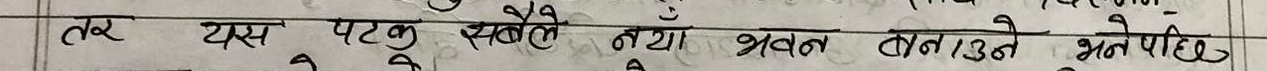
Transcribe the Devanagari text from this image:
तर यस पटक सबै नयाँ भवन बनेछ भनेपछि